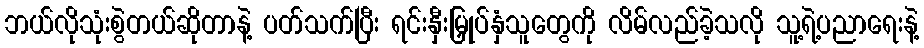
ဘယ်လိုသုံးစွဲတယ်ဆိုတာနဲ့ ပတ်သက်ပြီး ရင်းနှီးမြှုပ်နှံသူတွေကို လိမ်လည်ခဲ့သလို သူ့ရဲ့ပညာရေးနဲ့